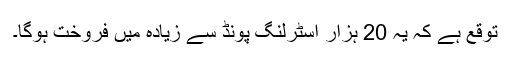
توقع ہے کہ یہ 20 ہزار اسٹرلنگ پونڈ سے زیادہ میں فروخت ہوگا۔